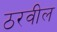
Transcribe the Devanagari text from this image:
ठरवील